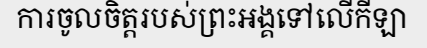
ការចូលចិត្តរបស់ព្រះអង្គទៅលើកីឡា